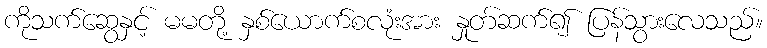
ကိုသက်ဆွေနှင့် မမတို့ နှစ်ယောက်စလုံးအား နှုတ်ဆက်၍ ပြန်သွားလေသည်။